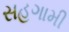
સહગામી